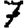
Digit: 7